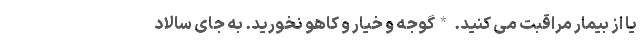
یا از بیمار مراقبت می کنید. *گوجه و خیار و کاهو نخورید. به جای سالاد